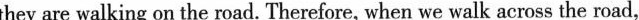
they are walking on the road. Therefore, when we walk across the road.